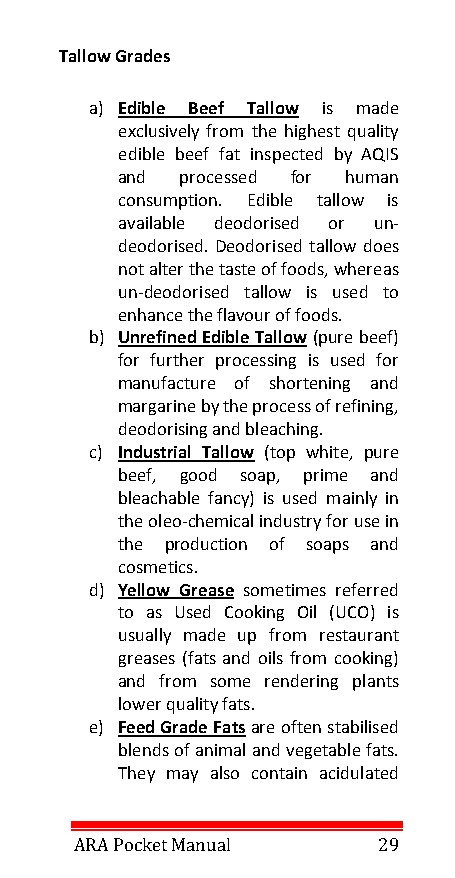
Tallow Grades
 a) Edible Beef Tallow is made
 exclusively from the highest quality
 edible beef fat inspected by AQIS
 and processed for human
 consumption. Edible tallow is
 available deodorised or un-
 deodorised. Deodorised tallow does
 not alter the taste of foods, whereas
 un-deodorised tallow is used to
 enhance the flavour of foods.
 b) Unrefined Edible Tallow (pure beef)
 for further processing is used for
 manufacture of shortening and
 margarine by the process of refining,
 deodorising and bleaching.
 c) Industrial Tallow (top white, pure
 beef, good soap, prime and
 bleachable fancy) is used mainly in
 the oleo-chemical industry for use in
 the production of soaps and
 cosmetics.
 d) Yellow Grease sometimes referred
 to as Used Cooking Oil (UCO) is
 usually made up from restaurant
 greases (fats and oils from cooking)
 and from some rendering plants
 lower quality fats.
 e) Feed Grade Fats are often stabilised
 blends of animal and vegetable fats.
 They may also contain acidulated
 ARA Pocket Manual   29